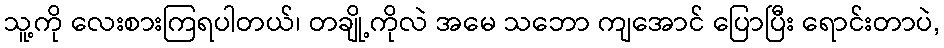
သူ့ကို လေးစားကြရပါတယ်၊ တချို့ကိုလဲ အမေ သဘော ကျအောင် ပြောပြီး ရောင်းတာပဲ,